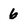
Character: 6